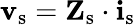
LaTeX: \mathbf{v}_{\mathrm{s}}=\mathbf{Z}_{\mathrm{s}}\cdot\mathbf{i}_{\mathrm{s}}